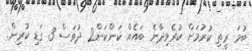
ބުމަ ރީތި ކުރުމަށް ކުރެވިދާނެ ބައެއް ކަންކަން2 ދުވަސް 3 ގަޑި ކުރިން.